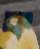
ক